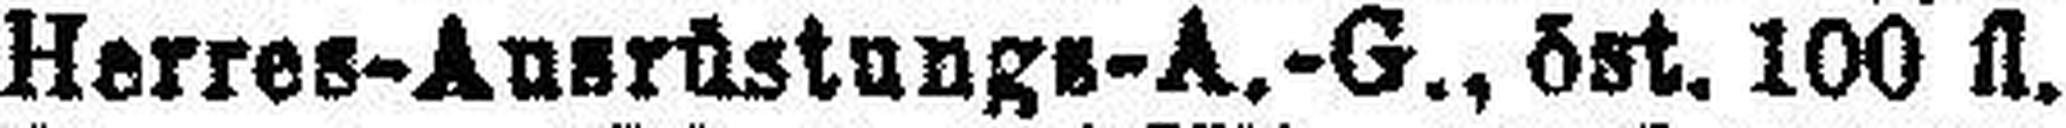
Herres-Ansrüstungs-A.-G., öst. 100 fl.